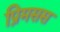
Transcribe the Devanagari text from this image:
प्रिमसस